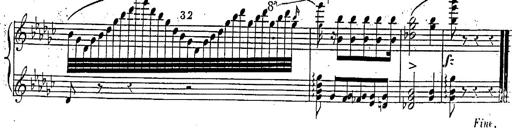
Title: Marche et Cavatine de Lucie de Lammermoor, S.398
Composer: Franz Liszt